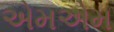
એમએમ